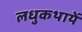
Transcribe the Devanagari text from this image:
लधुकथायें